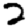
Digit: 2